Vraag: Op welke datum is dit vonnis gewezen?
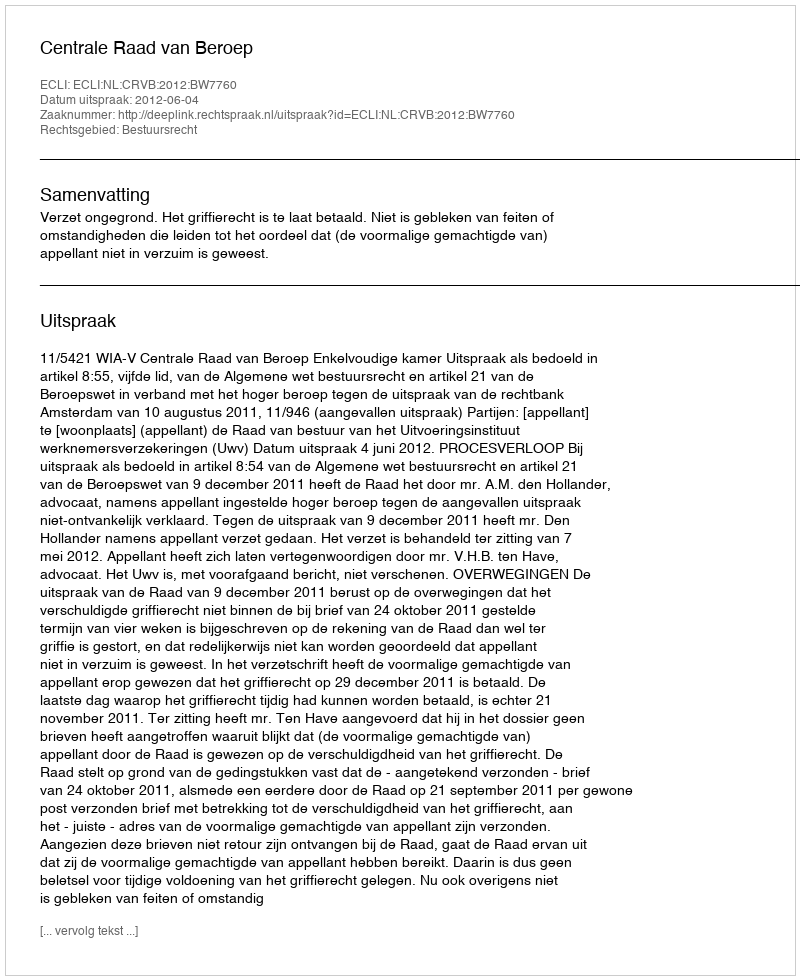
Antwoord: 2012-06-04